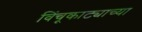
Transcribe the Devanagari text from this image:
विंचूकाट्याच्या